Report of the Lahore Medical School Hospital
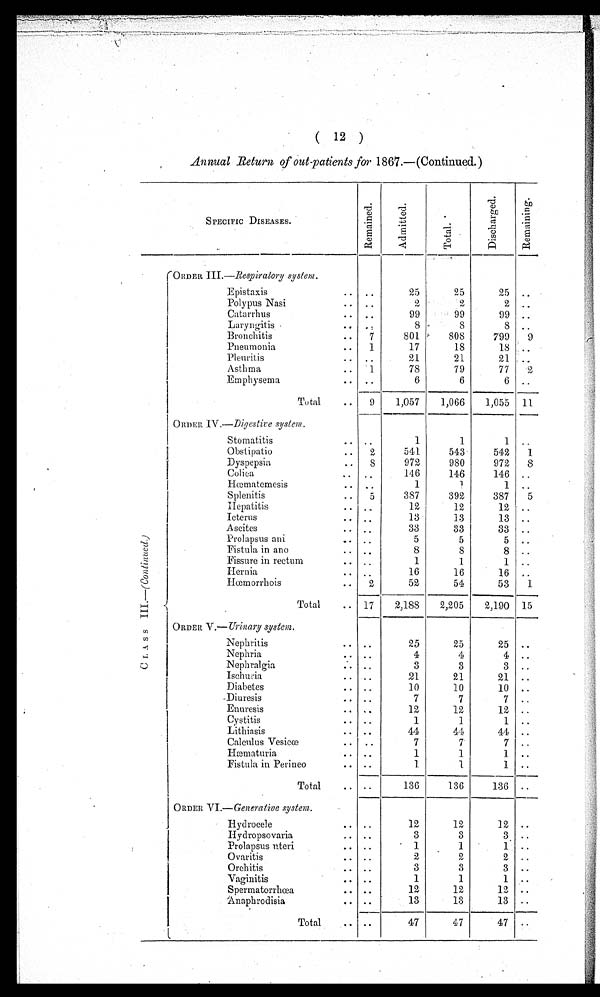
( 12 )
Annual Return of out-patients for 1867.—(Continued.)
SPECIFIC DISEASES.
R e m a i n e d .
A d m i t t e d .
T o t a l .
D i s c h a r g e d .
R e m a i n i n g .
C L A S S I I I . —
( C o n t i n u e d . )
ORDER III .—Respiratory system.
Epistaxis . . .
. . .
2 5
25
25
. . .
Polypus Nasi . . .
. . .
2
2
2
. . .
Catarrhus . . .
. . .
99
99
99
. . .
Laryngitis . . .
. . .
8
8
8
. . .
Bronchitis . . .
7
801
808
799
9
Pneumonia . . .
1
17
18
18
. . .
Pleuritis . . .
. . .
21
21
21
. . .
Asthma . . .
1
78
79
77
2
Emphysema . . .
. . .
6
6
6
. . .
Total . . .
9
1,057
1,066
1,055
11
ORDER IV.—Digestive system.
Stomatitis . . .
. . .
1
1
1
. . .
Obstipatio . . .
2
541
543
542
1
Dyspepsia . . .
8
972
980
972
8
Colica . . .
. . .
146
146
146
. . .
Hœmatemesis . . .
. . .
1
1
1
. . .
Splenitis . . .
5
387
392
387
5
Hepatitis . . .
. . .
12
12
12
. . .
Icterus . . .
. . .
13
13
13
. . .
Ascites . . .
. . .
33
33
33
. . .
Prolapsus ani . . .
. . .
5
5
5
. . .
Fistula in ano . . .
. . .
8
8
8
. . .
Fissure in rectum . . .
. . .
1
1
1
. . .
Hernia . . .
. . .
16
16
16
. . .
Hœmorrhois . . .
2
52
54
53
1
Total . . .
17
2,188
2,205
2,190
15
ORDER V.— Ur inary system.
Nephritis . . .
. . .
25
25
25
. . .
Nephria . . .
. . .
4
4
4
. . .
Nephralgia . . .
. . .
3
3
3
. . .
Ischuria . . .
. . .
21
21
21
. . .
Diabetes . . .
. . .
10
10
10
. . .
Diuresis . . .
. . .
7
7
7
. . .
Enuresis . . .
. . .
12
12
12
. . .
Cystitis . . .
. . .
1
1
1
. . .
Lithiasis . . .
. . .
44
44
44
. . .
Calculus Vesicœ . . .
. . .
7
7
7
. . .
Hæmaturia . . .
. . .
1
1
1
. . .
Fistula in Perineo . . .
. . .
1
1
1
. . .
Total . . .
. . .
136
136
136
. . .
ORDER VI. —Generative system.
Hydrocele . . .
. . .
12
12
12
. . .
Hydropsovaria . . .
. . .
3
3
3
. . .
Prolapsus uteri . . .
. . .
1
1
1
. . .
Ovaritis . . .
. . .
2
2
2
. . .
Orchitis . . .
. . .
3
3
3
. . .
Vaginitis . . .
. . .
1
1
1
. . .
S p e r m a t o r r h œa . . .
. . .
12
12
12
. . .
A n a p h r o d i s i a . . .
. . .
13
13
13
. . .
T o t a l . . .
. . .
47
47
47
. . .